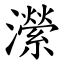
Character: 瀠